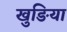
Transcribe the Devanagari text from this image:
खुङिया